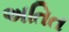
અતિત